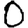
Digit: 0